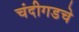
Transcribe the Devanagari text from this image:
चंदीगडचे